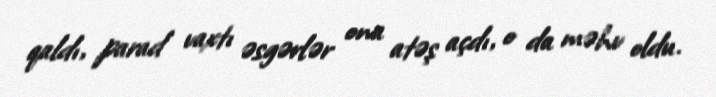
qaldı, parad vaxtı əsgərlər ona atəş açdı, o da məhv oldu.